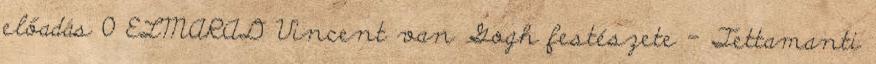
előadás 0 ELMARAD Vincent van Gogh festészete – Tettamanti